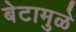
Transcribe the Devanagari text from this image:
बेटामुळे